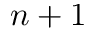
n + 1